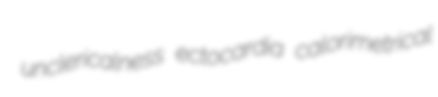
unclericalness ectocardia calorimetrical